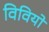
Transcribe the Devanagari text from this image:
विवियो